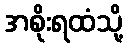
အစိုးရထံသို့